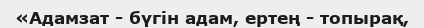
«Адамзат - бүгін адам, ертең - топырақ,